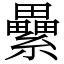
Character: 纍